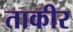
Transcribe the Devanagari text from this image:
ताकीर